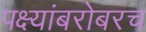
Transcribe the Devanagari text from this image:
पक्ष्यांबरोबरच